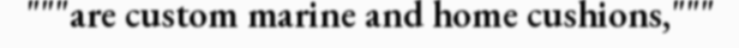
"""are custom marine and home cushions,"""